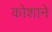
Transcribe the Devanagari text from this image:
कोशाने